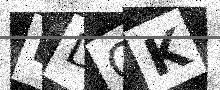
Text: DDQK